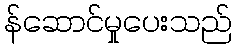
န်ဆောင်မှုပေးသည်